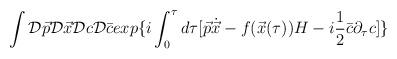
LaTeX: \begin{align*}\int {\cal D}\vec{p}{\cal D}\vec{x}{\cal D}c{\cal D}\bar{c} exp\{ i\int_{0}^{\tau} d\tau [ \vec{p}\dot{\vec{x}} - f(\vec{x}(\tau))H - i\frac{1}{2}\bar{c}\partial_{\tau}c]\}\end{align*}